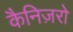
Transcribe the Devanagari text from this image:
कैनिज़रो